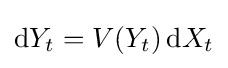
\mathrm {d} Y_{t}=V(Y_{t})\,\mathrm {d} X_{t}